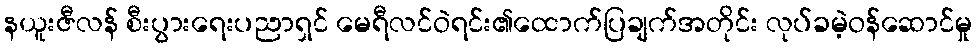
နယူးဇီလန် စီးပွားရေးပညာရှင် မေရီလင်ဝဲရင်း၏ထောက်ပြချက်အတိုင်း လုပ်ခမဲ့ဝန်ဆောင်မှု